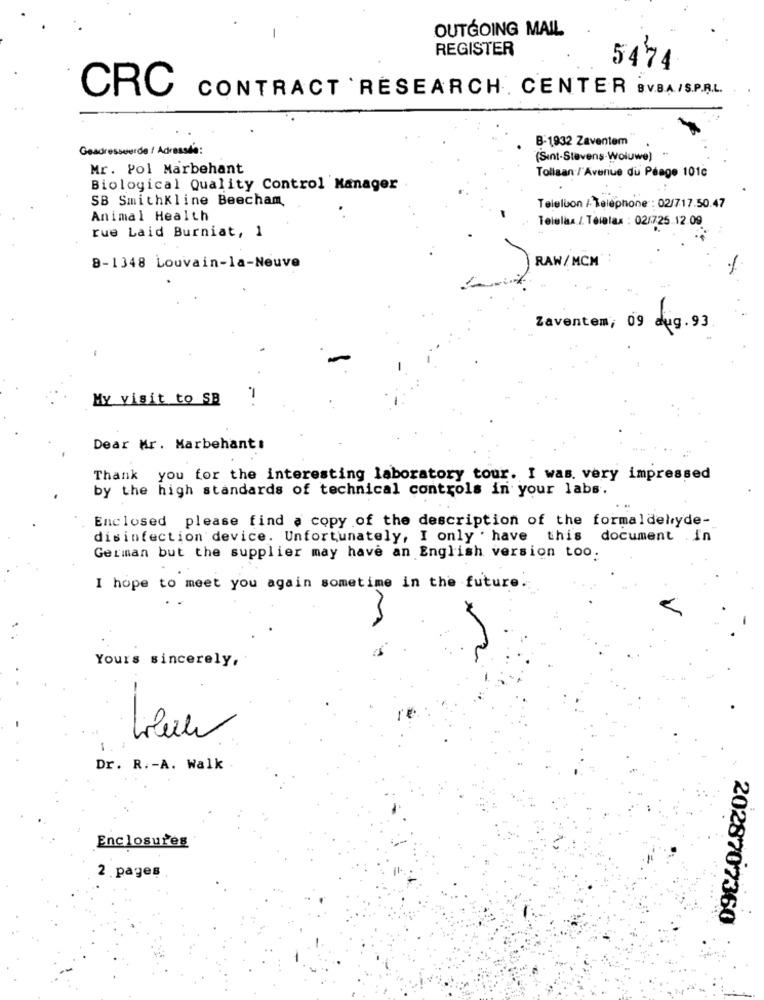
OUTGOING MAIL
REGISTER
5474
CRC
CONTRACT 'RESEARCH CENTER BVBA/S.P.R.L.
B-1932 Zaventem
Geadresseerde ! Adr
(Sint-Stevens-Woluwe)
Mr. Pol Marbehant
Tollaan / Avenue du Péage 101c
Biological Quality Control Manager
SB SmithKline Beecham
Teleluon / Telephone : 02/717.50.47
Animal Health
Telelas /. Télelax : 02/725.12.09
rue Laid Burniat, 1
RAW/MCM'
8-1348 Louvain-la-neuve
Zaventem, 09 dug. 93
My visit to SB
Dear Mr. Marbehantı
Thank you for the interesting laboratory tour. I was. very impressed
by the high standards of technical controls in your labs.
Enclosed please find a copy of the description of the formaldehyde-
disinfection device. Unfortunately, I only . have this document .in
German but the supplier may have an English version too.
I hope to meet you again sometime in the future.
Yours sincerely,
-
1.
Dr. R .- A. Walk
Enclosures
2 pages
2028707360